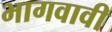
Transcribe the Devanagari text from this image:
भागवावी